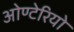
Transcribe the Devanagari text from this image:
ओण्टेरियो